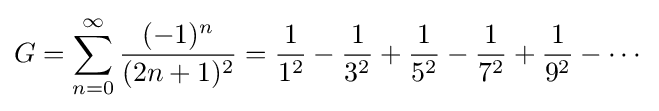
G=\sum _{n=0}^{\infty }{\frac {(-1)^{n}}{(2n+1)^{2}}}={\frac {1}{1^{2}}}-{\frac {1}{3^{2}}}+{\frac {1}{5^{2}}}-{\frac {1}{7^{2}}}+{\frac {1}{9^{2}}}-\cdots